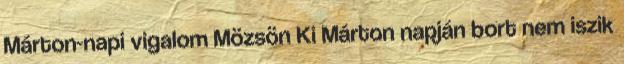
Márton-napi vigalom Mözsön Ki Márton napján bort nem iszik